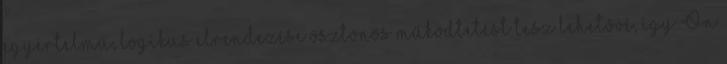
egyértelmű, logikus elrendezése ösztönös működtetést tesz lehetővé, így Ön